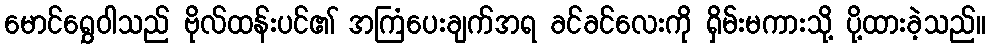
မောင်ရွှေဝါသည် ဗိုလ်ထန်းပင်၏ အကြံပေးချက်အရ ခင်ခင်လေးကို ရှိမ်းမကားသို့ ပို့ထားခဲ့သည်။